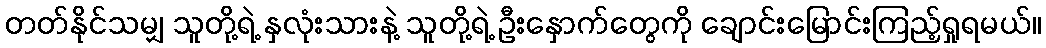
တတ်နိုင်သမျှ သူတို့ရဲ့ နှလုံးသားနဲ့ သူတို့ရဲ့ ဦးနှောက်တွေကို ချောင်းမြောင်းကြည့်ရှုရမယ်။